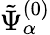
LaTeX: \tilde{\Psi}_{\alpha}^{(0)}